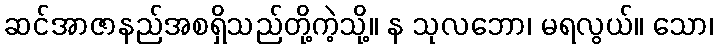
ဆင်အာဇာနည်အစရှိသည်တို့ကဲ့သို့။ န သုလဘော၊ မရလွယ်။ သော၊